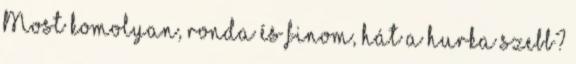
Most komolyan, ronda és finom, hát a hurka szebb?